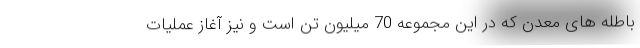
باطله های معدن که در این مجموعه 70 میلیون تن است و نیز آغاز عملیات